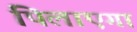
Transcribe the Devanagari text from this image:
पिलाएगा